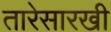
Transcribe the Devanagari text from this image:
तारेसारखी